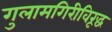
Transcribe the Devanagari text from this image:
गुलामगिरीविरूद्ध